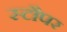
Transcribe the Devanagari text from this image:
स्टौपर